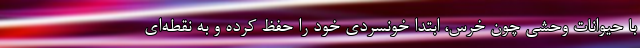
با حیوانات وحشی چون خرس، ابتدا خونسردی خود را حفظ کرده و به نقطه‌ای